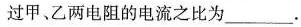
过甲、乙两电阻的电流之比为___。